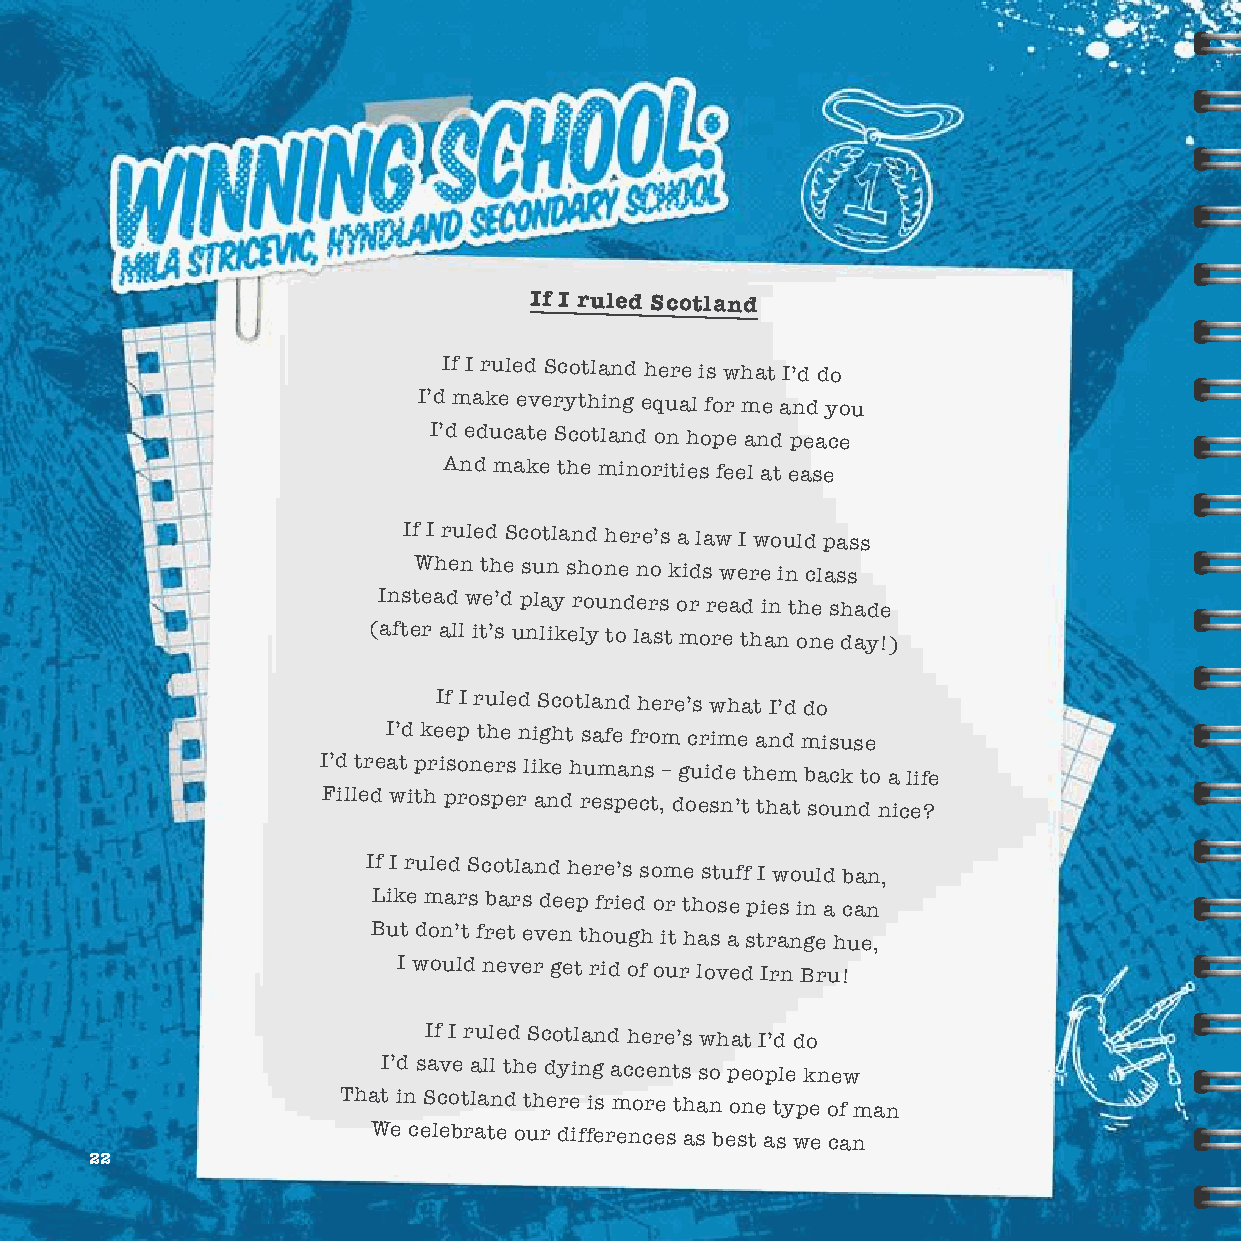
If I ruled Scotland
 If I ruled Scotland here is what I’d do
 I’d make everything equal for me and you
 I’d educate Scotland on hope and peace
 And make the minorities feel at ease
 If I ruled Scotland here’s a law I would pass
 When the sun shone no kids were in class
 Instead we’d play rounders or read in the shade
 (after all it’s unlikely to last more than one day!)
 If I ruled Scotland here’s what I’d do
 I’d keep the night safe from crime and misuse
 I’d treat prisoners like humans – guide them back to a life
 Filled with prosper and respect, doesn’t that sound nice?
 If I ruled Scotland here’s some stuff I would ban,
 Like mars bars deep fried or those pies in a can
 But don’t fret even though it has a strange hue,
 I would never get rid of our loved Irn Bru!
 If I ruled Scotland here’s what I’d do
 I’d save all the dying accents so people knew
 That in Scotland there is more than one type of man
 We celebrate our differences as best as we can
 22